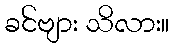
ခင်ဗျား သိလား။